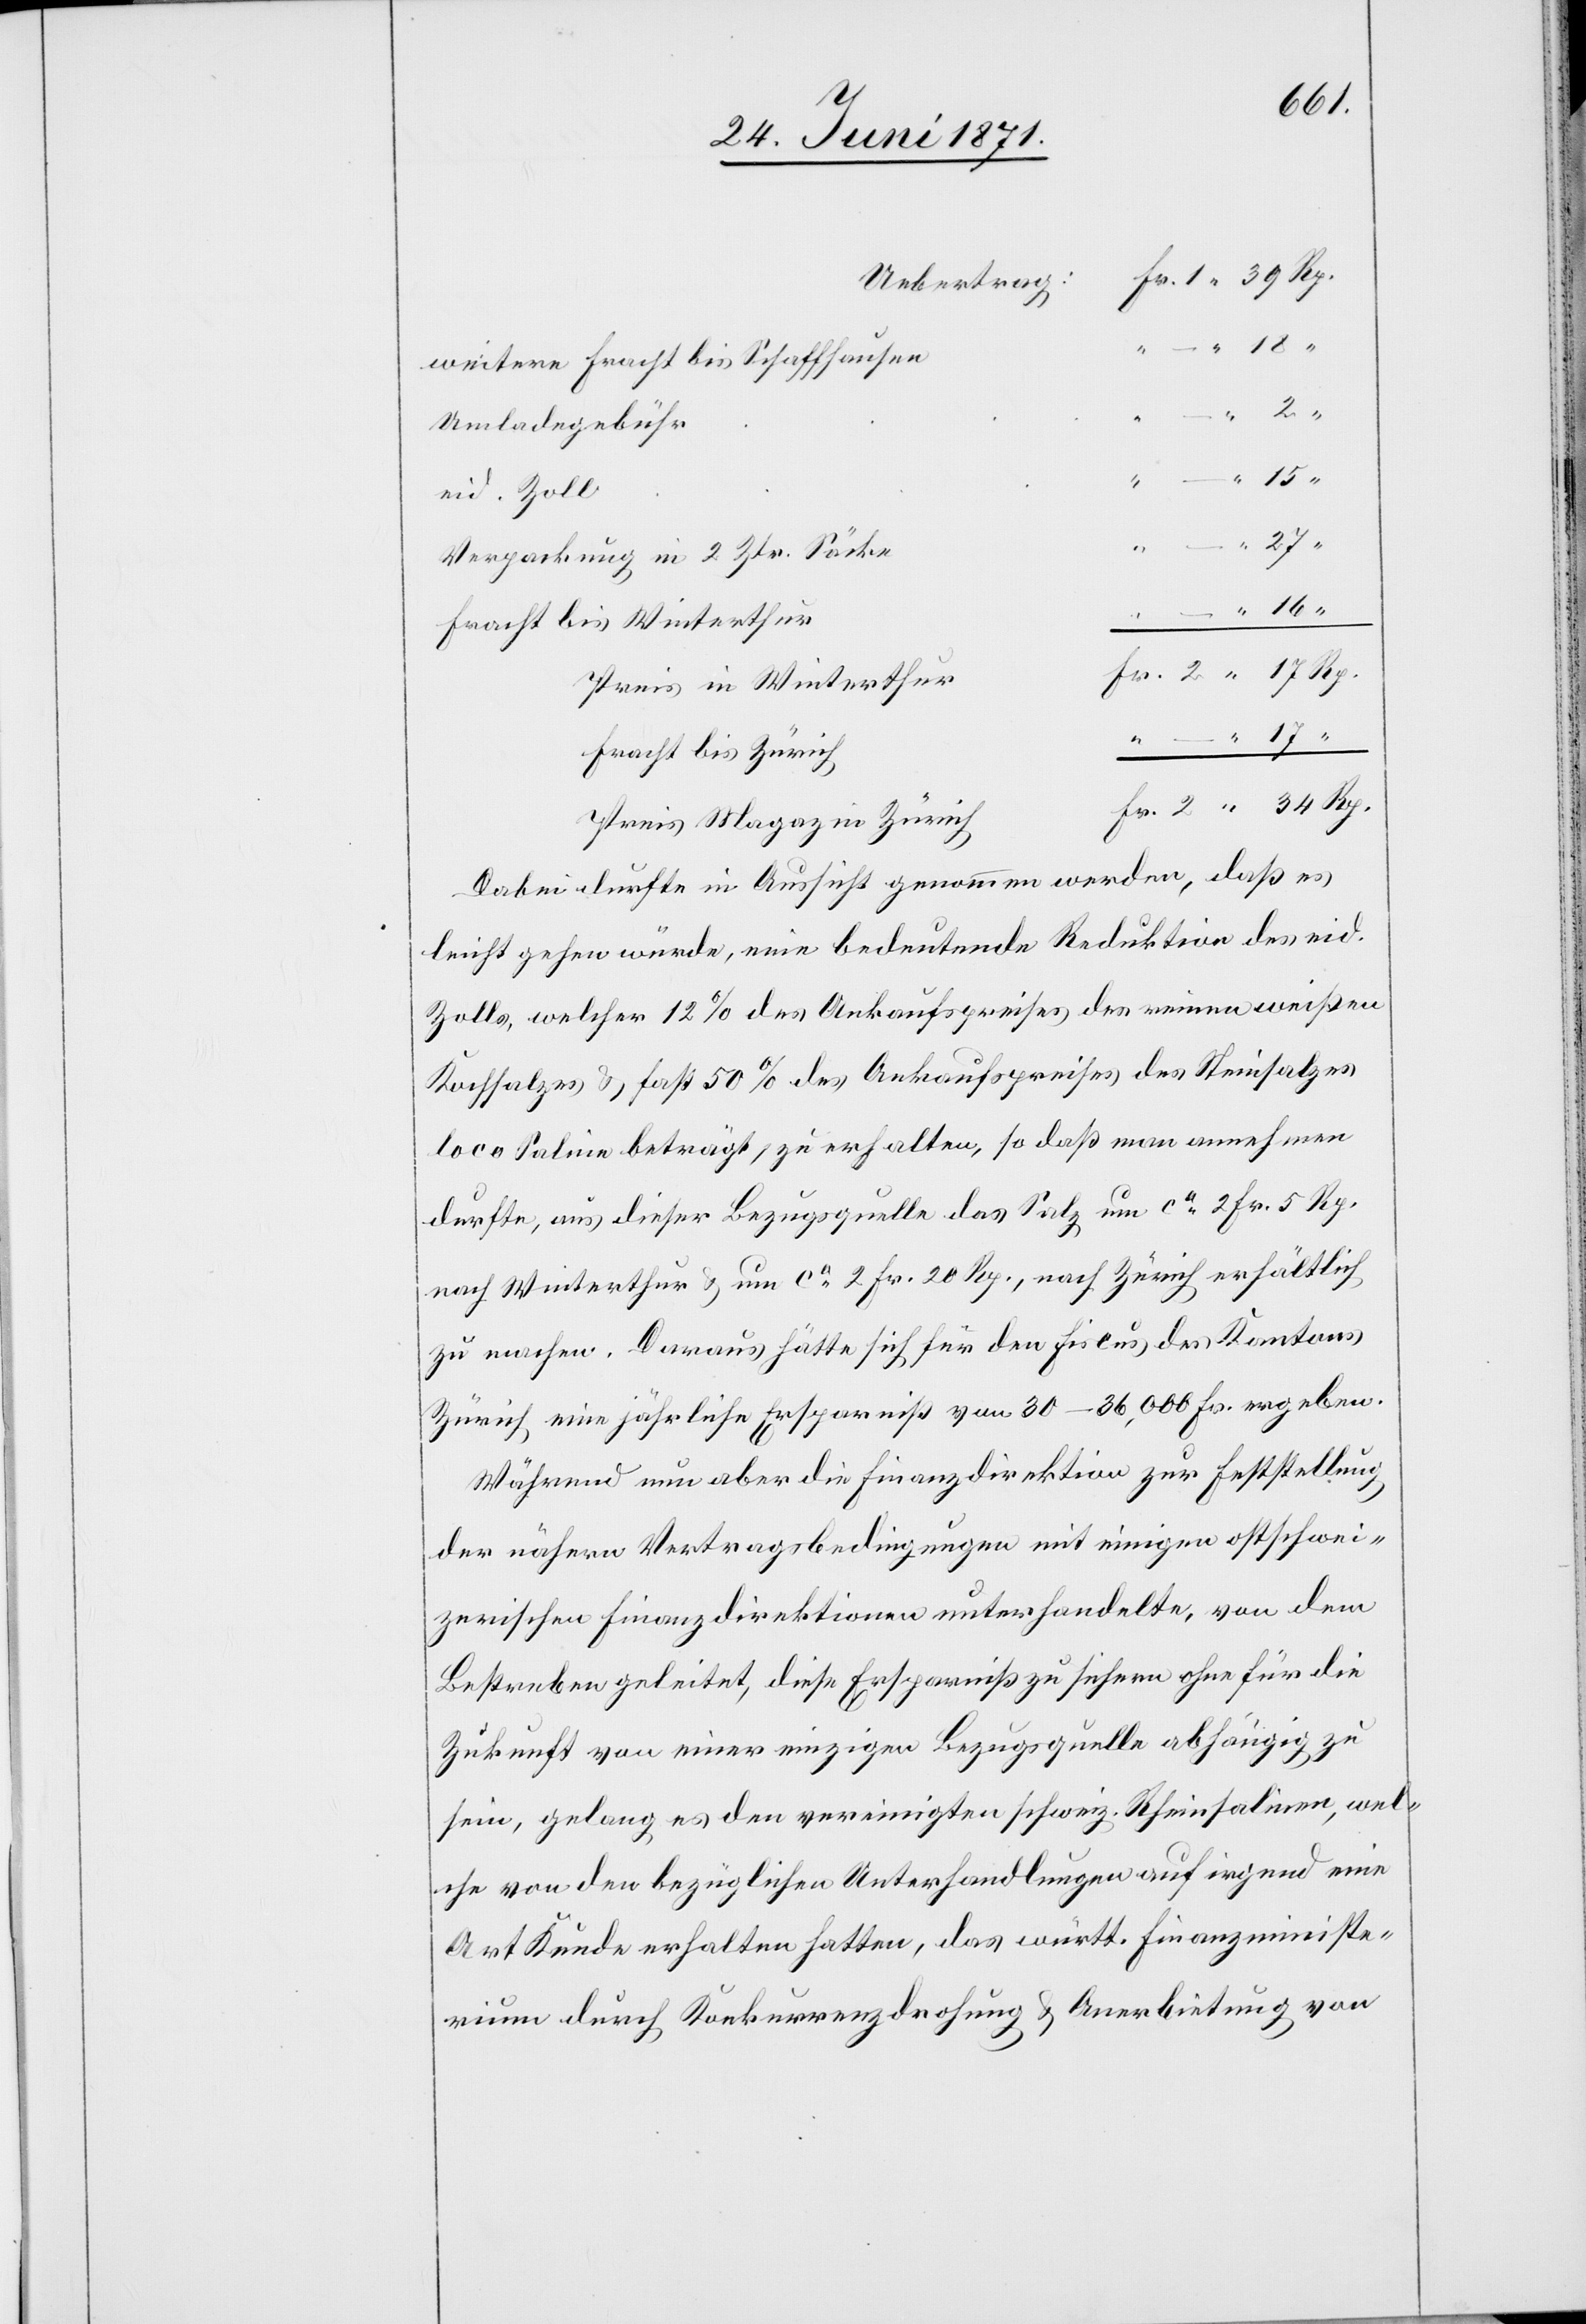
34
weitere Fracht bis Schaffhausen
Umladegebühr
eid. Zoll
Verpackung in 2 Ztr. Säcke
Fracht bis Winterthur
Preis in Winterthur
Fracht bis Zürich
Preis Magazin in Zürich
Dabei durfte in Aussicht genommen werden, daß es
leicht gehen würde, eine bedeutende Reduktion des eid.
Zolls, welcher 12 % des Ankaufspreises des reinen weißen
Kochsalzes u. fast 50 % des Ankaufspreises des Steinsalzes
loco Saline beträgt, zu erhalten, so daß man annehmen
durfte, aus dieser Bezugsquelle das Salz um ca. 2 Fr. 5 Rp.
nach Winterthur u. um ca. 2 Fr. 20 Rp., nach Zürich erhältlich
zu machen. Daraus hätte sich für den Fiscus des Kantons
Zürich eine jährliche Ersparniß von 30–36,000 Fr. ergeben.
Während nun aber die Finanzdirektion zur Feststellung
der nähern Vertragsbedingungen mit einigen ostschwei¬
zerischen Finanzdirektionen unterhandelte, von dem
Bestreben geleitet, diese Ersparniß zu sichern ohne für die
Zukunft von einer einzigen Bezugsquelle abhängig zu
sein, gelang es den vereinigten Schweiz. Rheinsalinen, wel¬
che von den bezüglichen Unterhandlungen auf irgend eine
Art Kunde erhalten hatten, das württ. Finanzministe¬
rium durch Konkurrenzdrohung u. Anerbietung von